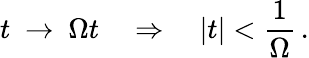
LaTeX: t\ \rightarrow\ \Omega t\quad\Rightarrow\quad|t|<\frac{1}{\Omega}\, .